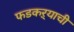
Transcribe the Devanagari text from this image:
फडकऱ्याची